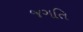
જગતિ